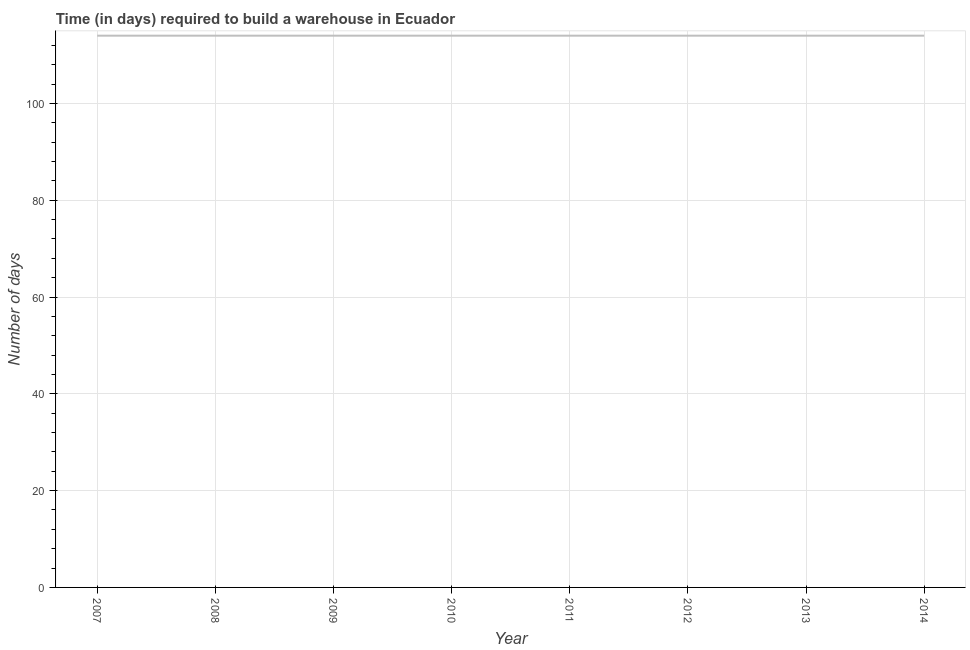
| Year | Time required to build a warehouse |
 | --- | --- |
 | 2007 | 114 |
 | 2008 | 114 |
 | 2009 | 114 |
 | 2010 | 114 |
 | 2011 | 114 |
 | 2012 | 114 |
 | 2013 | 114 |
 | 2014 | 114 |